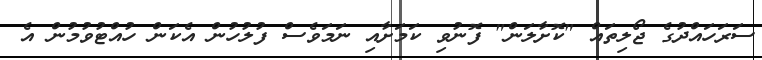
ސަރަހައްދުގެ ޖޯލިތައް "ކޮށާލަން" ފޮނުވި ކަމަށާއި ނަމަވެސް ފުލުހުން އެކަން ހުއްޓުވުމުން އެ